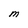
Character: M